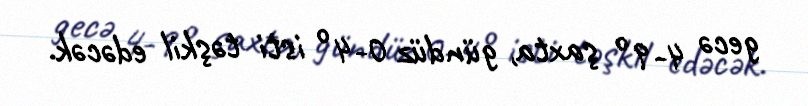
gecə 4-9° şaxta, gündüz 0-4° isti təşkil edəcək.